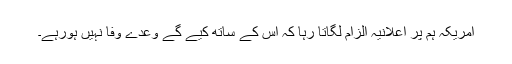
امریکہ ہم پر اعلانیہ الزام لگاتا رہا کہ اس کے ساتھ کیے گے وعدے وفا نہیں ہورہے۔